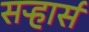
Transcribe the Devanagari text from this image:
सऱ्हार्स